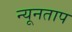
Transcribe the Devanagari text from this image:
न्यूनताप